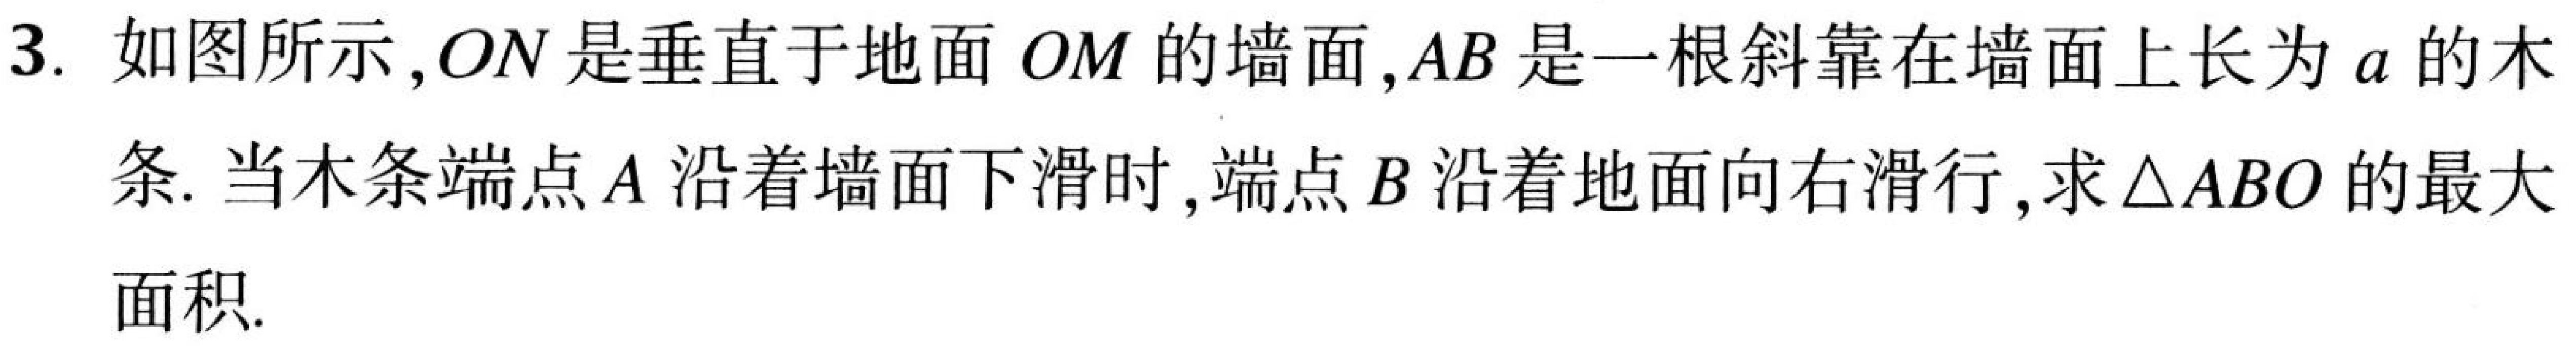
3. 如图所示，\(ON\)是垂直于地面 \(OM\)的墙面，\(AB\)是一根斜靠在墙面上长为\(a\)的木条. 当木条端点\(A\)沿着墙面下滑时，端点\(B\)沿着地面向右滑行，求\(\triangle ABO\)的最大面积.